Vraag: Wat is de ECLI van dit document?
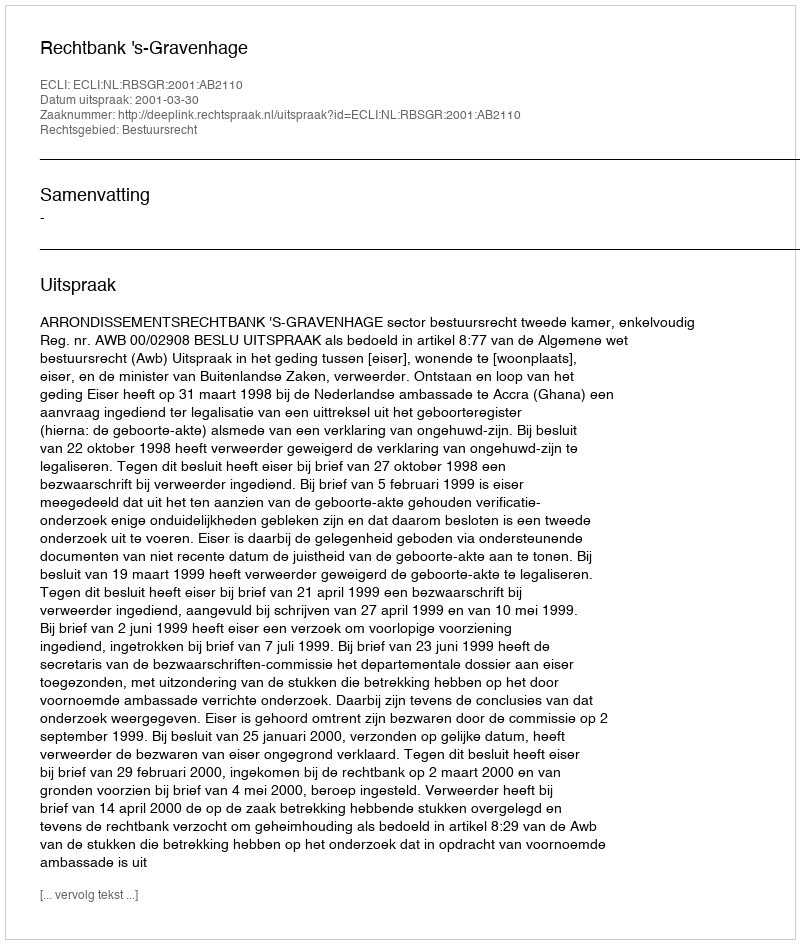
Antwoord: ECLI:NL:RBSGR:2001:AB2110